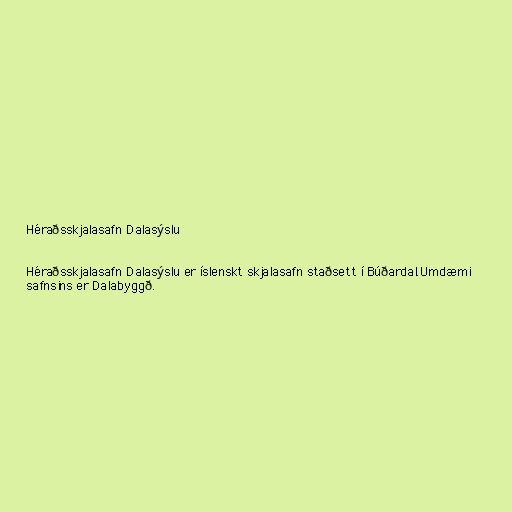
Héraðsskjalasafn Dalasýslu

Héraðsskjalasafn Dalasýslu er íslenskt skjalasafn staðsett í Búðardal.Umdæmi
safnsins er Dalabyggð.